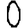
Digit: 0